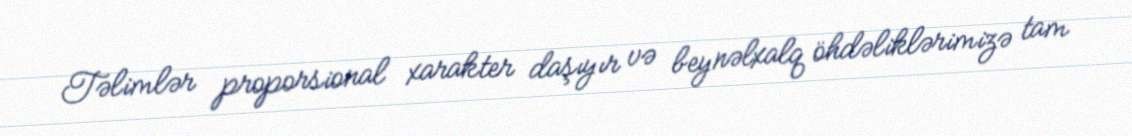
Təlimlər proporsional xarakter daşıyır və beynəlxalq öhdəliklərimizə tam